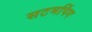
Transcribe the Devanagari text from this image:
सटमपिंग